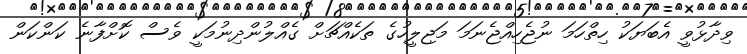
ވިދާޅުވީ އެބަޔަކު ހިތްހަމަ ނުޖެހިއްޖެނަމަ މަޖިލީހުގެ ތަކެއްޗަށް ގެއްލުންދިނުމަކީ ވެސް ކޮށްފާނެ ކަންކަން